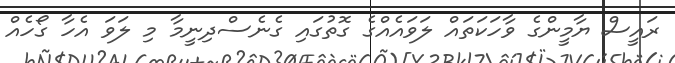
ރައީސް ޔާމީންގެ ވާހަކަތައް ލަވައެއްގެ ގޮތުގައި ގެނެސްދިނީމާ މި ލަވަ އެހާ ގޯހެއް